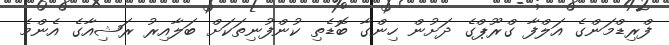
ފްރިޑްމަންގެ އަލްފާ ގްރޫޕްގެ ދަށުން ހިންގާ ބޮޑެތި ކުންފުނިތަކަށް ބަލާއިރު ރަޝިއާގެ އެންމެ